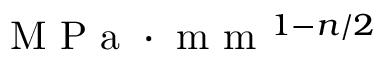
\mathrm { ~ M ~ P ~ a ~ } \cdot \mathrm { ~ m ~ m ~ } ^ { 1 - n / 2 }